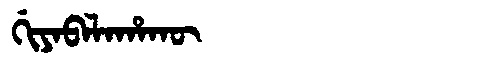
Manchu: ᡤᡳᠶᠠᠪᠠᠯᠠᡥᠠᡴᡡ
Romanization: GIYABALAHAKŪ